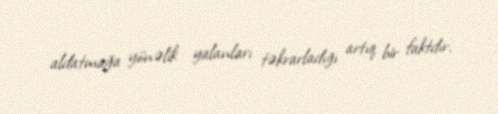
aldatmağa yönəlik yalanları təkrarladığı artıq bir faktdır.